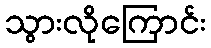
သွားလိုကြောင်း